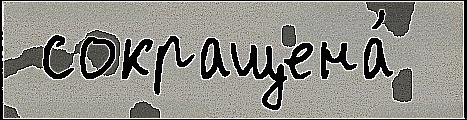
 сокращена́